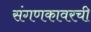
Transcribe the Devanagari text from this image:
संगणकावरची